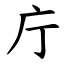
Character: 庁